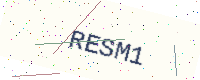
Text: RESM1